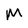
Character: M